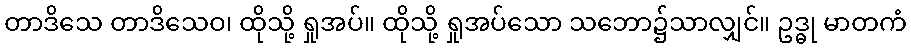
တာဒိသေ တာဒိသေဝ၊ ထိုသို့ ရှုအပ်။ ထိုသို့ ရှုအပ်သော သဘော၌သာလျှင်။ ဥဒ္ဓု မာတကံ